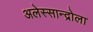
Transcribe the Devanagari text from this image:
अलेस्सान्द्रोला